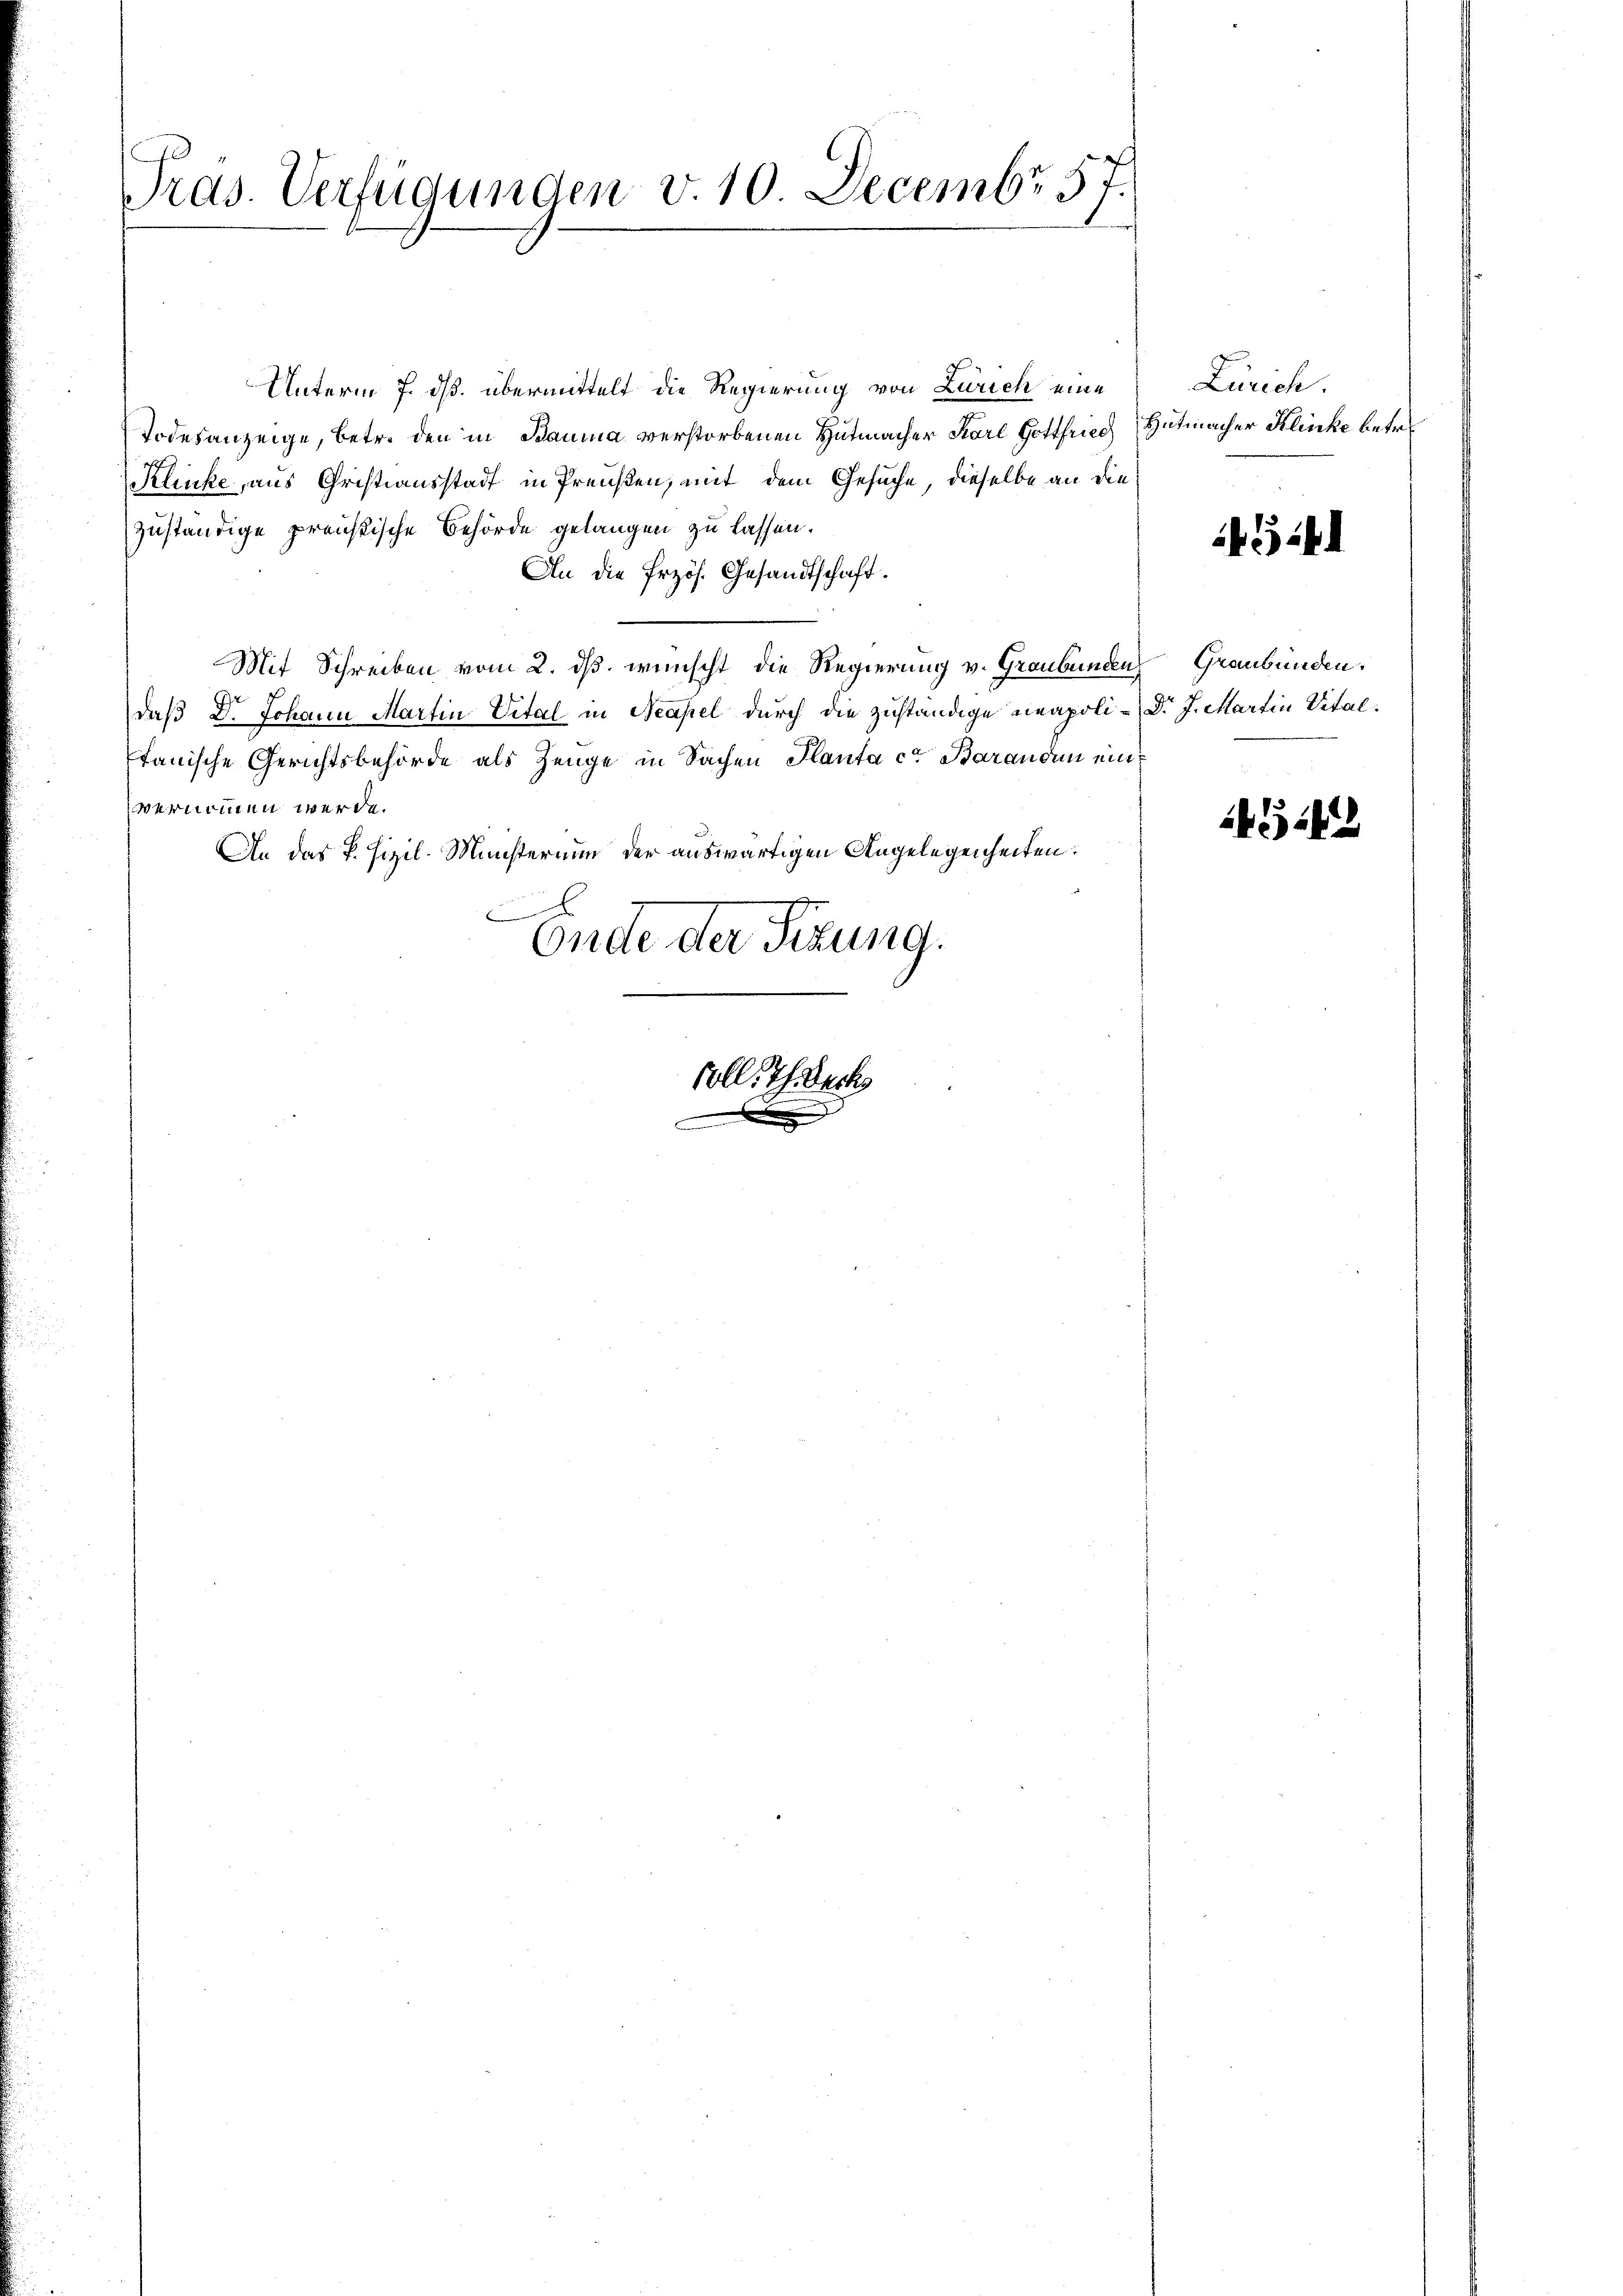
Präs. Verfügungen v. 10. Decembr 57.

Unterm 7. dß. übermittelt die Regierung von Zürich eine
Todesanzeige, betr. den in Bauma verstorbenen Hutmacher Karl Gottfriech Hutmacher Klinke betr.
Klücke, aus Christiausstadt in Preußen, mit dem Gesuche, dieselbe an die
zuständige preistische Behörde gelangen zu lassen.
An die Erzös. Gesandtschaft.
Mit Schreiben vom 2. ds. wünscht die Regierung v. Graubünden Graubünden.
d
daß D. Johann Martin Vital in Neapel durch die zuständige neapoli-Dr. J. Martin Vital.
tanische Gerichtsbehörde als Zeuge in Sachen Planta ca Baranden einvernommen werde.
An das P. Fizil. Ministerium der auswärtigen Angelegenheiten:
Ende der Sitzung.

soll. Ich weck

Zürich.

44

4542